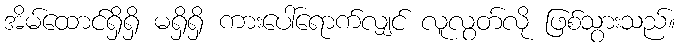
အိမ်ထောင်ရှိရှိ မရှိရှိ ကားပေါ်ရောက်လျှင် လူလွတ်လို ဖြစ်သွားသည်။